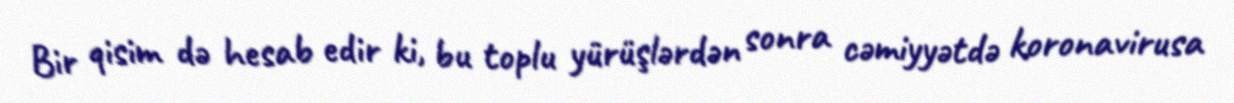
Bir qisim də hesab edir ki, bu toplu yürüşlərdən sonra cəmiyyətdə koronavirusa